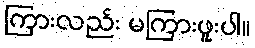
ကြားလည်း မကြားဖူးပါ။